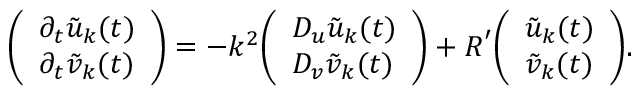
{ \left( \begin{array} { l } { \partial _ { t } { \tilde { u } } _ { \boldsymbol { k } } ( t ) } \\ { \partial _ { t } { \tilde { v } } _ { \boldsymbol { k } } ( t ) } \end{array} \right) } = - k ^ { 2 } { \left( \begin{array} { l } { D _ { u } { \tilde { u } } _ { \boldsymbol { k } } ( t ) } \\ { D _ { v } { \tilde { v } } _ { \boldsymbol { k } } ( t ) } \end{array} \right) } + { \boldsymbol { R } } ^ { \prime } { \left( \begin{array} { l } { { \tilde { u } } _ { \boldsymbol { k } } ( t ) } \\ { { \tilde { v } } _ { \boldsymbol { k } } ( t ) } \end{array} \right) } .